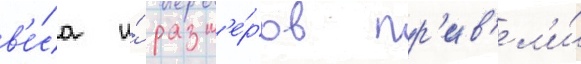
в'е́са и́ разм'е́ров пр'ив'ел'и́